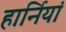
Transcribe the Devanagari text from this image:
हार्नियां